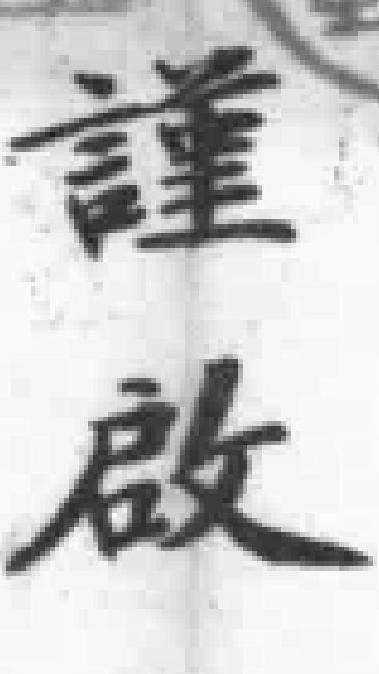
謹啟